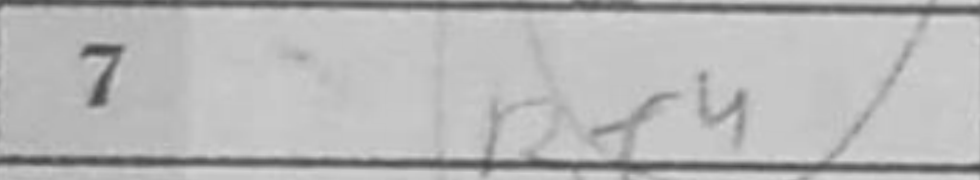
Transcription: Be4